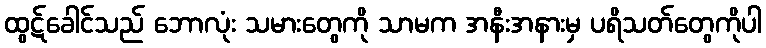
ထွဋ်ခေါင်သည် ဘောလုံး သမားတွေကို သာမက အနီးအနားမှ ပရိသတ်တွေကိုပါ